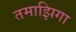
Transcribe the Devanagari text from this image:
तमाझिगा